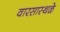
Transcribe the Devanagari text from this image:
वारसास्थळे